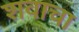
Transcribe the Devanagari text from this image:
शवाचा